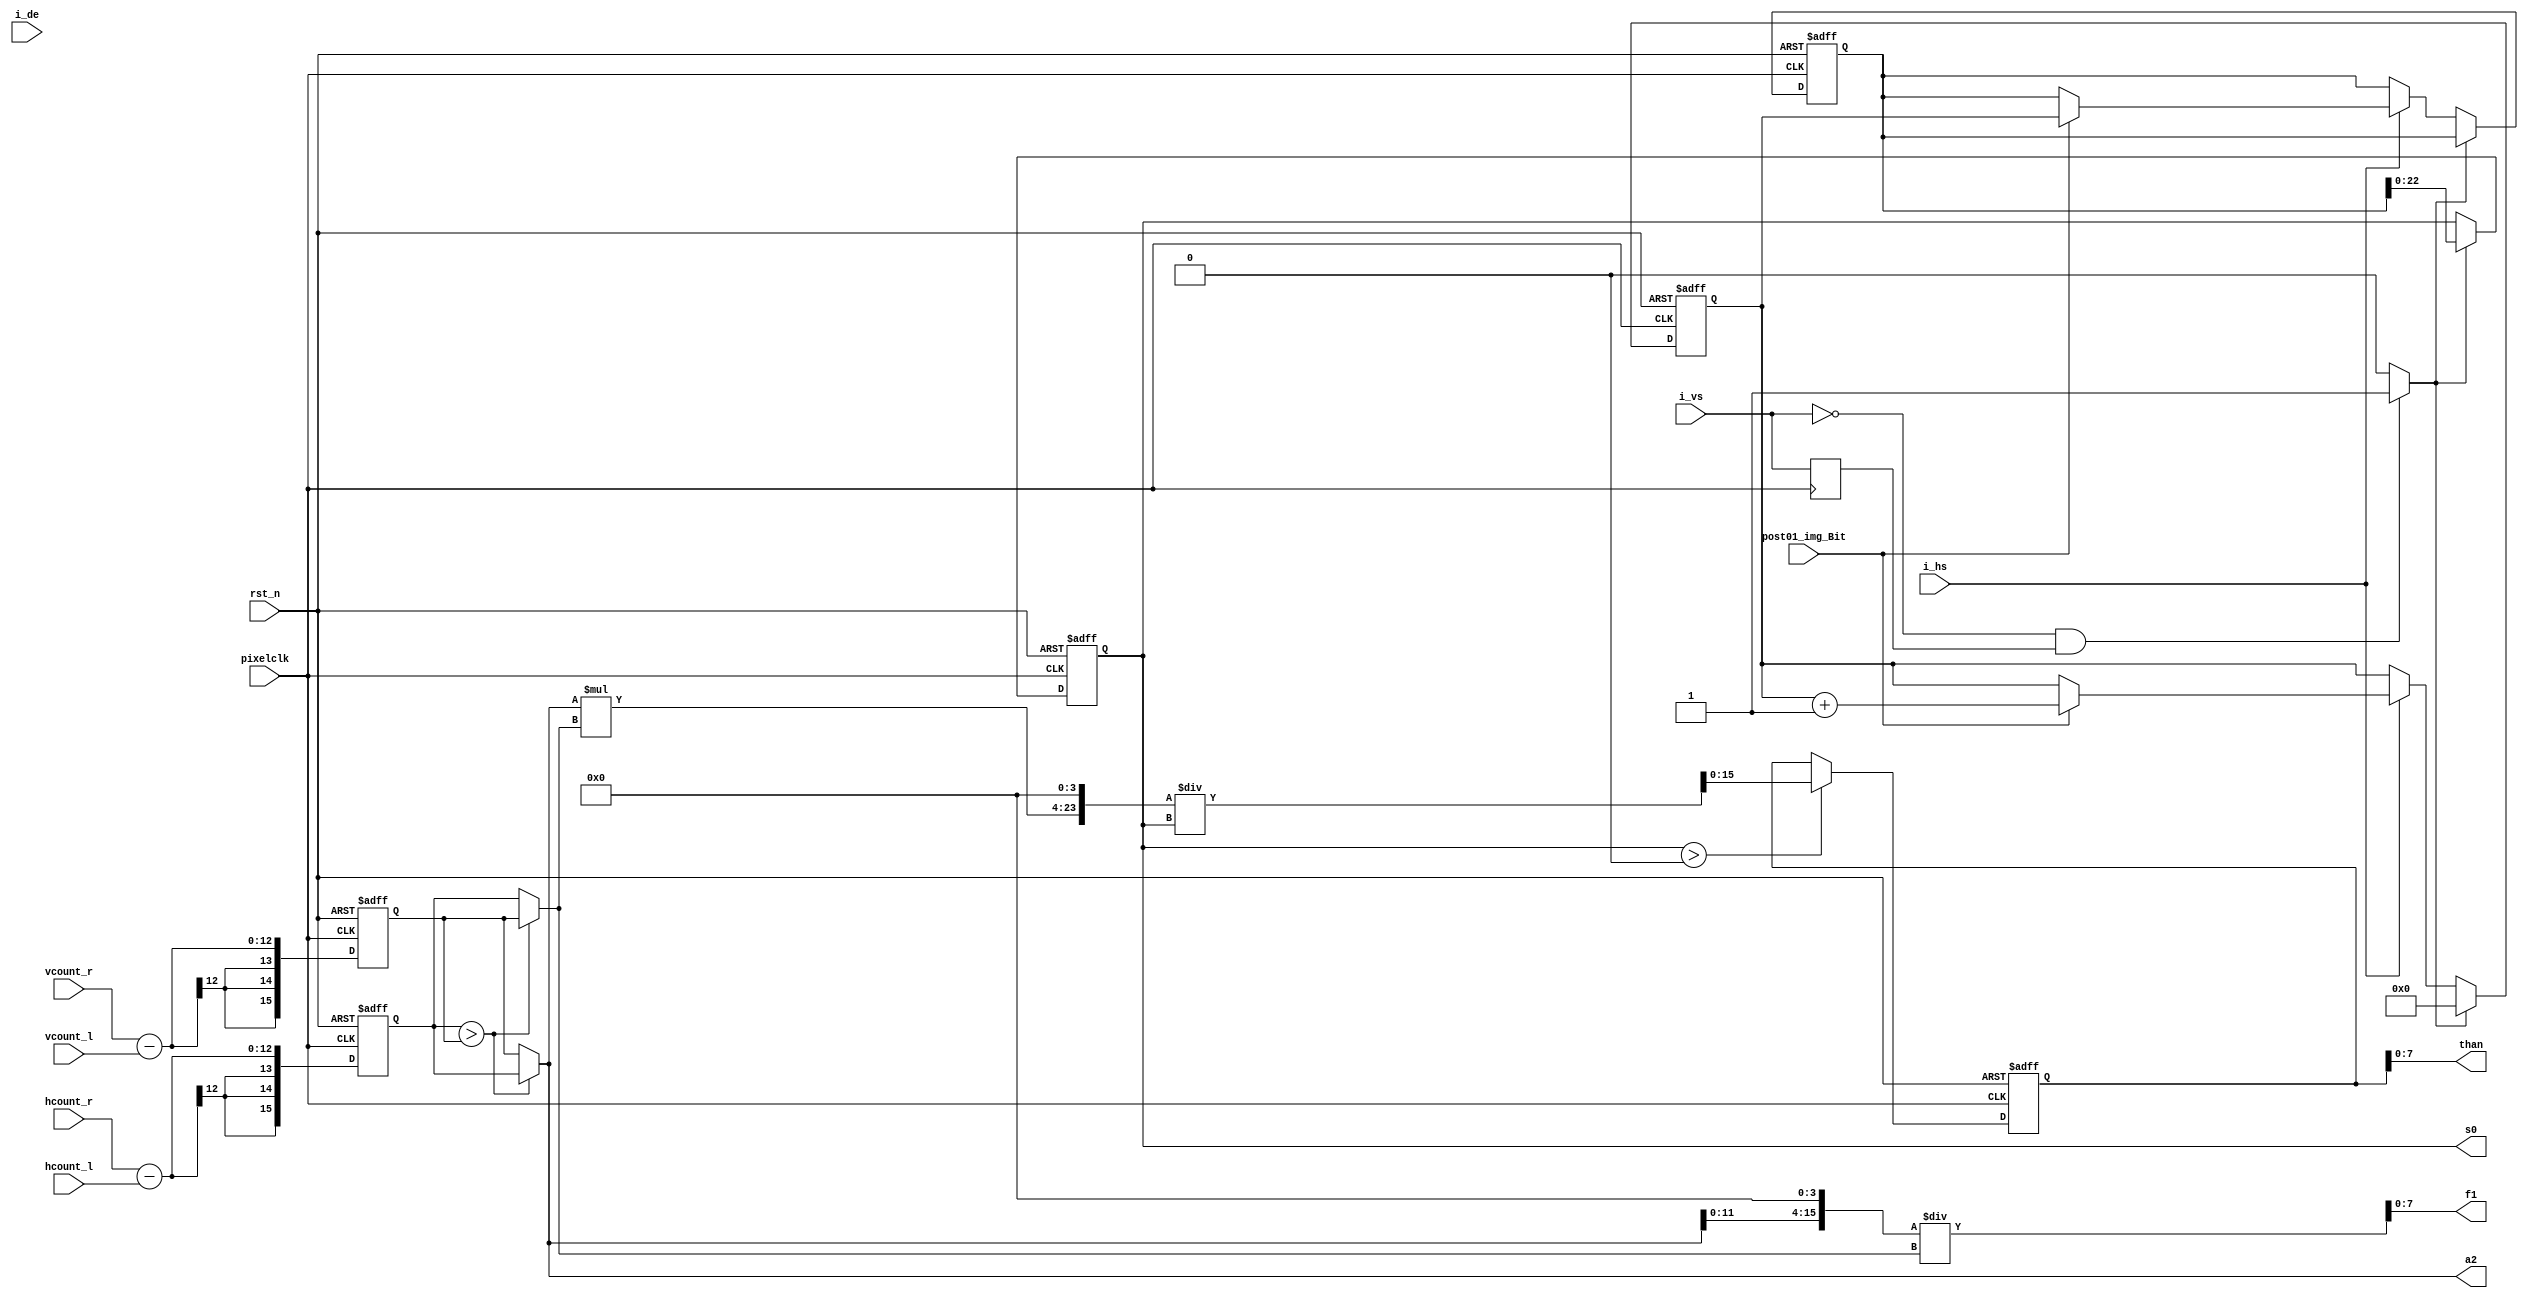
module feature(
input				   pixelclk,
input                  rst_n,
input       		   post01_img_Bit,	
input					 i_hs,
input					 i_vs,
input					 i_de,
input     [11:0]        hcount_l,
input     [11:0]        hcount_r,
input     [11:0]        vcount_l,
input     [11:0]        vcount_r,

output  reg     [22:0]       s0,
output          [15:0]       a2,
output          [7:0]        f1,
output          [7:0]        than

   );

reg    [15:0]              t11;
reg    [23:0]              t0;
wire   [15:0]              a;
wire   [15:0]              a_r;
reg    [15:0]              a1;
wire   [15:0]              b;
reg    [15:0]              b1;
wire   [23:0]              s01;
wire   [23:0]              s10;

reg           hs_r;
reg           vs_r;
reg           de_r;
reg           [23:0]       s1;
reg           [23:0]       s;
//reg           [23:0]       s0;
reg           [23:0]       t2;
wire          [7:0]        t3;

wire  TFT_VS_fall;
assign TFT_VS_fall = (!i_vs & (vs_r))?1'b1:1'b0;

always @(posedge pixelclk )

 begin

  hs_r    <= i_hs;
  vs_r    <= i_vs;
  de_r    <= i_de;

  
   end  

always @(posedge pixelclk or negedge rst_n)   
begin if(!rst_n) begin 
    
     a1<=1'b0;	 


	 end 
	 else begin 

	 a1<=hcount_r-hcount_l;	  

	 end
end

always @(posedge pixelclk or negedge rst_n)   
begin if(!rst_n) begin 
     
	 b1<=1'b0;

	 end 
	 else begin 

	 b1<=vcount_r-vcount_l;
	 end
end

assign a=(a1>b1)?a1:b1;
assign b=(a1>b1)?b1:a1;
assign a2=a;
assign a_r=a<<4;
assign f1=a_r/b;
assign s01=a*b;
assign than=t11[7:0]; 
assign s10=s01<<4;

always @(posedge pixelclk or negedge rst_n)     
begin
	if(!rst_n) begin 

     t11<=16'h8;

	 end 
     else if(s0>0)

       t11<=s10/s0;

     else t11<=t11;

   end

always @(posedge pixelclk or negedge rst_n)   
begin
	if(!rst_n) begin 
      s1<=1'b0;	 
	  s<=1'b0;
      s0<=1'b0;
	 end 
    else  if( TFT_VS_fall)begin 

        s0<=s1;

	    s<=1'b0;

		  end 
      else if(i_hs)  begin
        if(post01_img_Bit==1'b1)
         begin
            s <= s + 1'b1 ;
            s1 <= s ;
          end  
           else
            s <= s ;
        end 
         else  
             s<=s;

end



 
endmodule